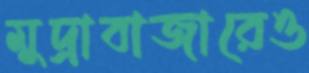
মুদ্রাবাজারেও